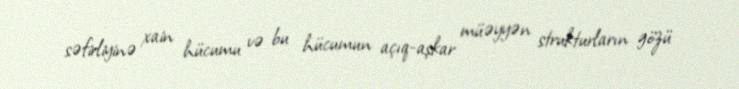
səfirliyinə xain hücumu və bu hücumun açıq-aşkar müəyyən strukturların gözü